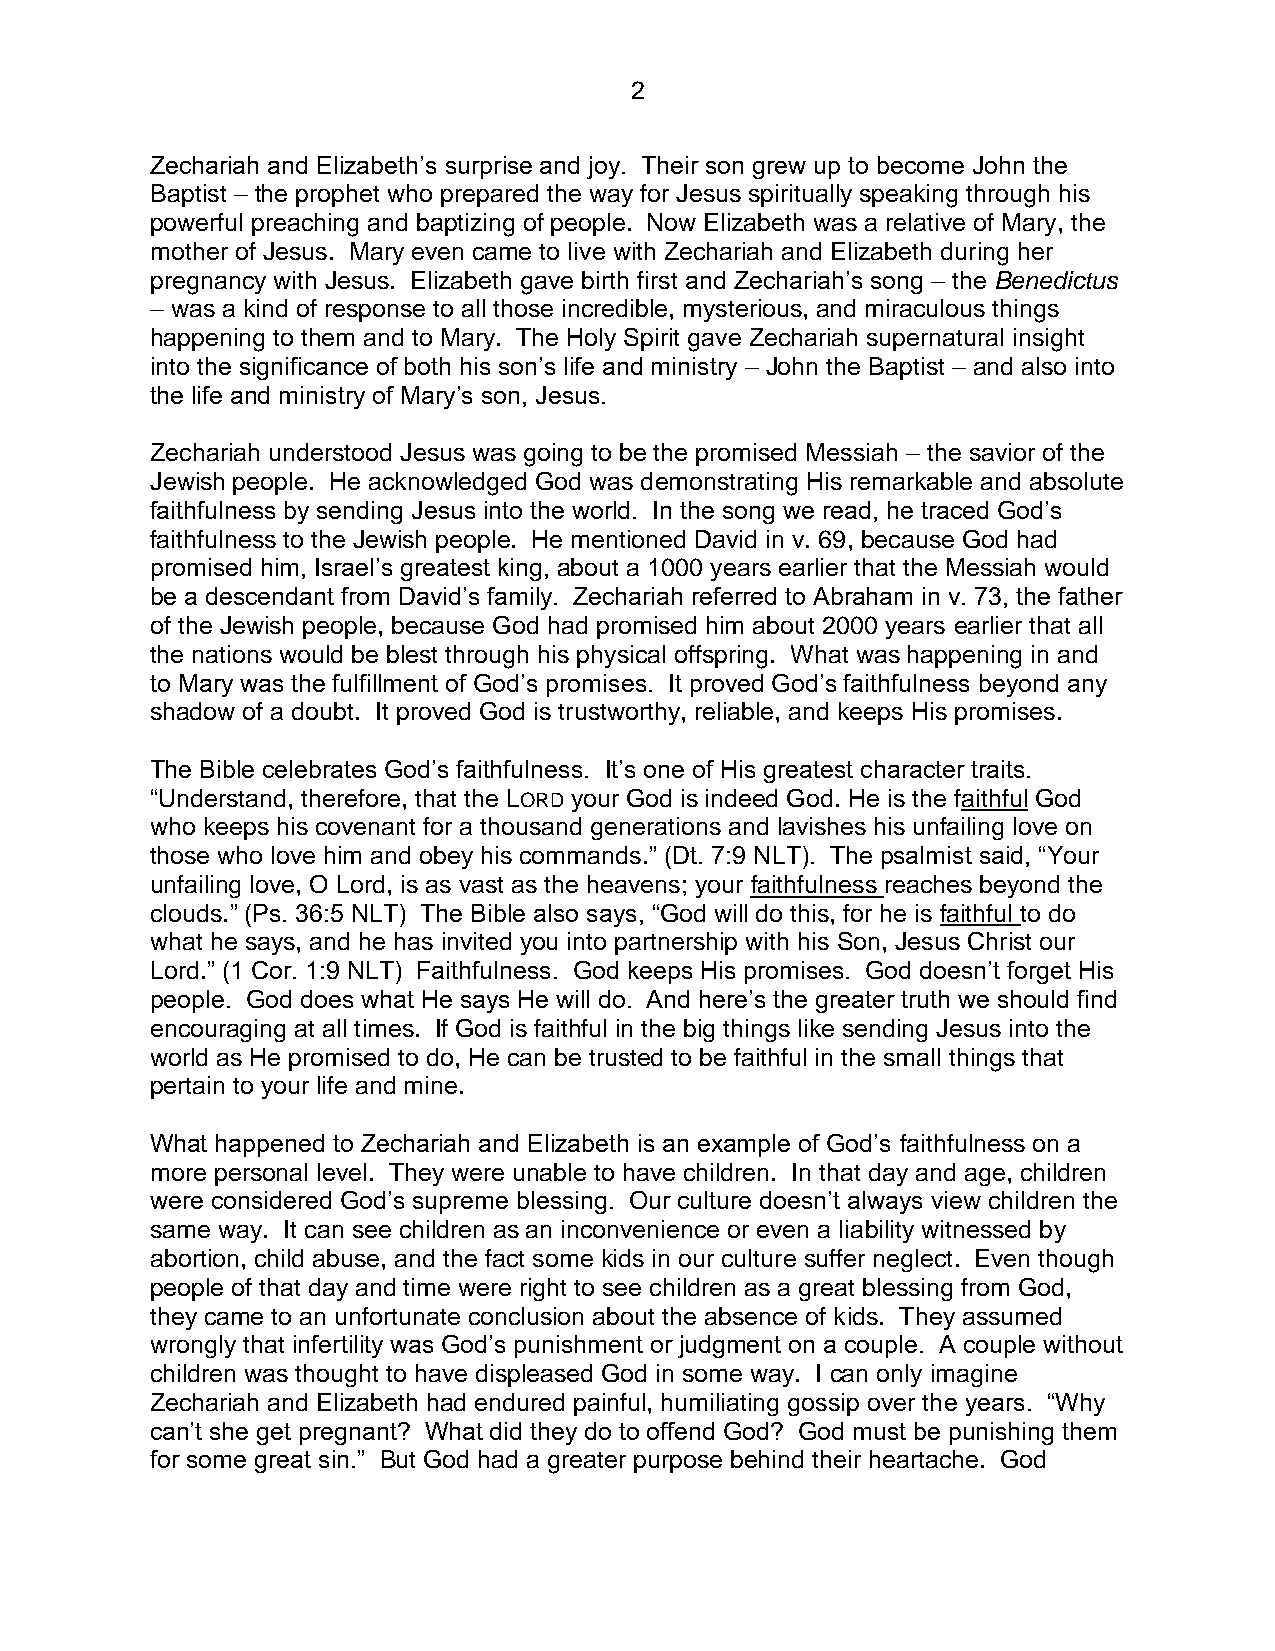
2
 Zechariah and Elizabeth’s surprise and joy. Their son grew up to become John the
 Baptist – the prophet who prepared the way for Jesus spiritually speaking through his
 powerful preaching and baptizing of people. Now Elizabeth was a relative of Mary, the
 mother of Jesus. Mary even came to live with Zechariah and Elizabeth during her
 pregnancy with Jesus. Elizabeth gave birth first and Zechariah’s song – the Benedictus
 – was a kind of response to all those incredible, mysterious, and miraculous things
 happening to them and to Mary. The Holy Spirit gave Zechariah supernatural insight
 into the significance of both his son’s life and ministry – John the Baptist – and also into
 the life and ministry of Mary’s son, Jesus.
 Zechariah understood Jesus was going to be the promised Messiah – the savior of the
 Jewish people. He acknowledged God was demonstrating His remarkable and absolute
 faithfulness by sending Jesus into the world. In the song we read, he traced God’s
 faithfulness to the Jewish people. He mentioned David in v. 69, because God had
 promised him, Israel’s greatest king, about a 1000 years earlier that the Messiah would
 be a descendant from David’s family. Zechariah referred to Abraham in v. 73, the father
 of the Jewish people, because God had promised him about 2000 years earlier that all
 the nations would be blest through his physical offspring. What was happening in and
 to Mary was the fulfillment of God’s promises. It proved God’s faithfulness beyond any
 shadow of a doubt. It proved God is trustworthy, reliable, and keeps His promises.
 The Bible celebrates God’s faithfulness. It’s one of His greatest character traits.
 “Understand, therefore, that the LORD your God is indeed God. He is the faithful God
 who keeps his covenant for a thousand generations and lavishes his unfailing love on
 those who love him and obey his commands.” (Dt. 7:9 NLT). The psalmist said, “Your
 unfailing love, O Lord, is as vast as the heavens; your faithfulness reaches beyond the
 clouds.” (Ps. 36:5 NLT) The Bible also says, “God will do this, for he is faithful to do
 what he says, and he has invited you into partnership with his Son, Jesus Christ our
 Lord.” (1 Cor. 1:9 NLT) Faithfulness. God keeps His promises. God doesn’t forget His
 people. God does what He says He will do. And here’s the greater truth we should find
 encouraging at all times. If God is faithful in the big things like sending Jesus into the
 world as He promised to do, He can be trusted to be faithful in the small things that
 pertain to your life and mine.
 What happened to Zechariah and Elizabeth is an example of God’s faithfulness on a
 more personal level. They were unable to have children. In that day and age, children
 were considered God’s supreme blessing. Our culture doesn’t always view children the
 same way. It can see children as an inconvenience or even a liability witnessed by
 abortion, child abuse, and the fact some kids in our culture suffer neglect. Even though
 people of that day and time were right to see children as a great blessing from God,
 they came to an unfortunate conclusion about the absence of kids. They assumed
 wrongly that infertility was God’s punishment or judgment on a couple. A couple without
 children was thought to have displeased God in some way. I can only imagine
 Zechariah and Elizabeth had endured painful, humiliating gossip over the years. “Why
 can’t she get pregnant? What did they do to offend God? God must be punishing them
 for some great sin.” But God had a greater purpose behind their heartache. God